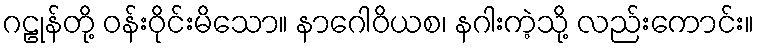
ဂဠုန်တို့ ဝန်းဝိုင်းမိသော။ နာဂေါဝိယစ၊ နဂါးကဲ့သို့ လည်းကောင်း။